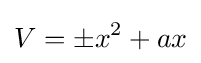
V=\pm x^{2}+ax